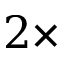
2 \times